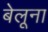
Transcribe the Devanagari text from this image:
बेलूना